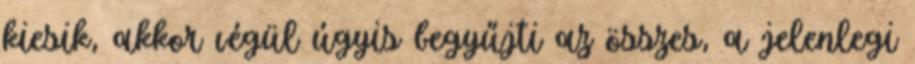
kiesik, akkor végül úgyis begyűjti az összes, a jelenlegi